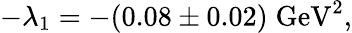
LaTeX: -\lambda_{1}=-(0.08\pm 0.02)\; \mathrm{GeV}^{2},